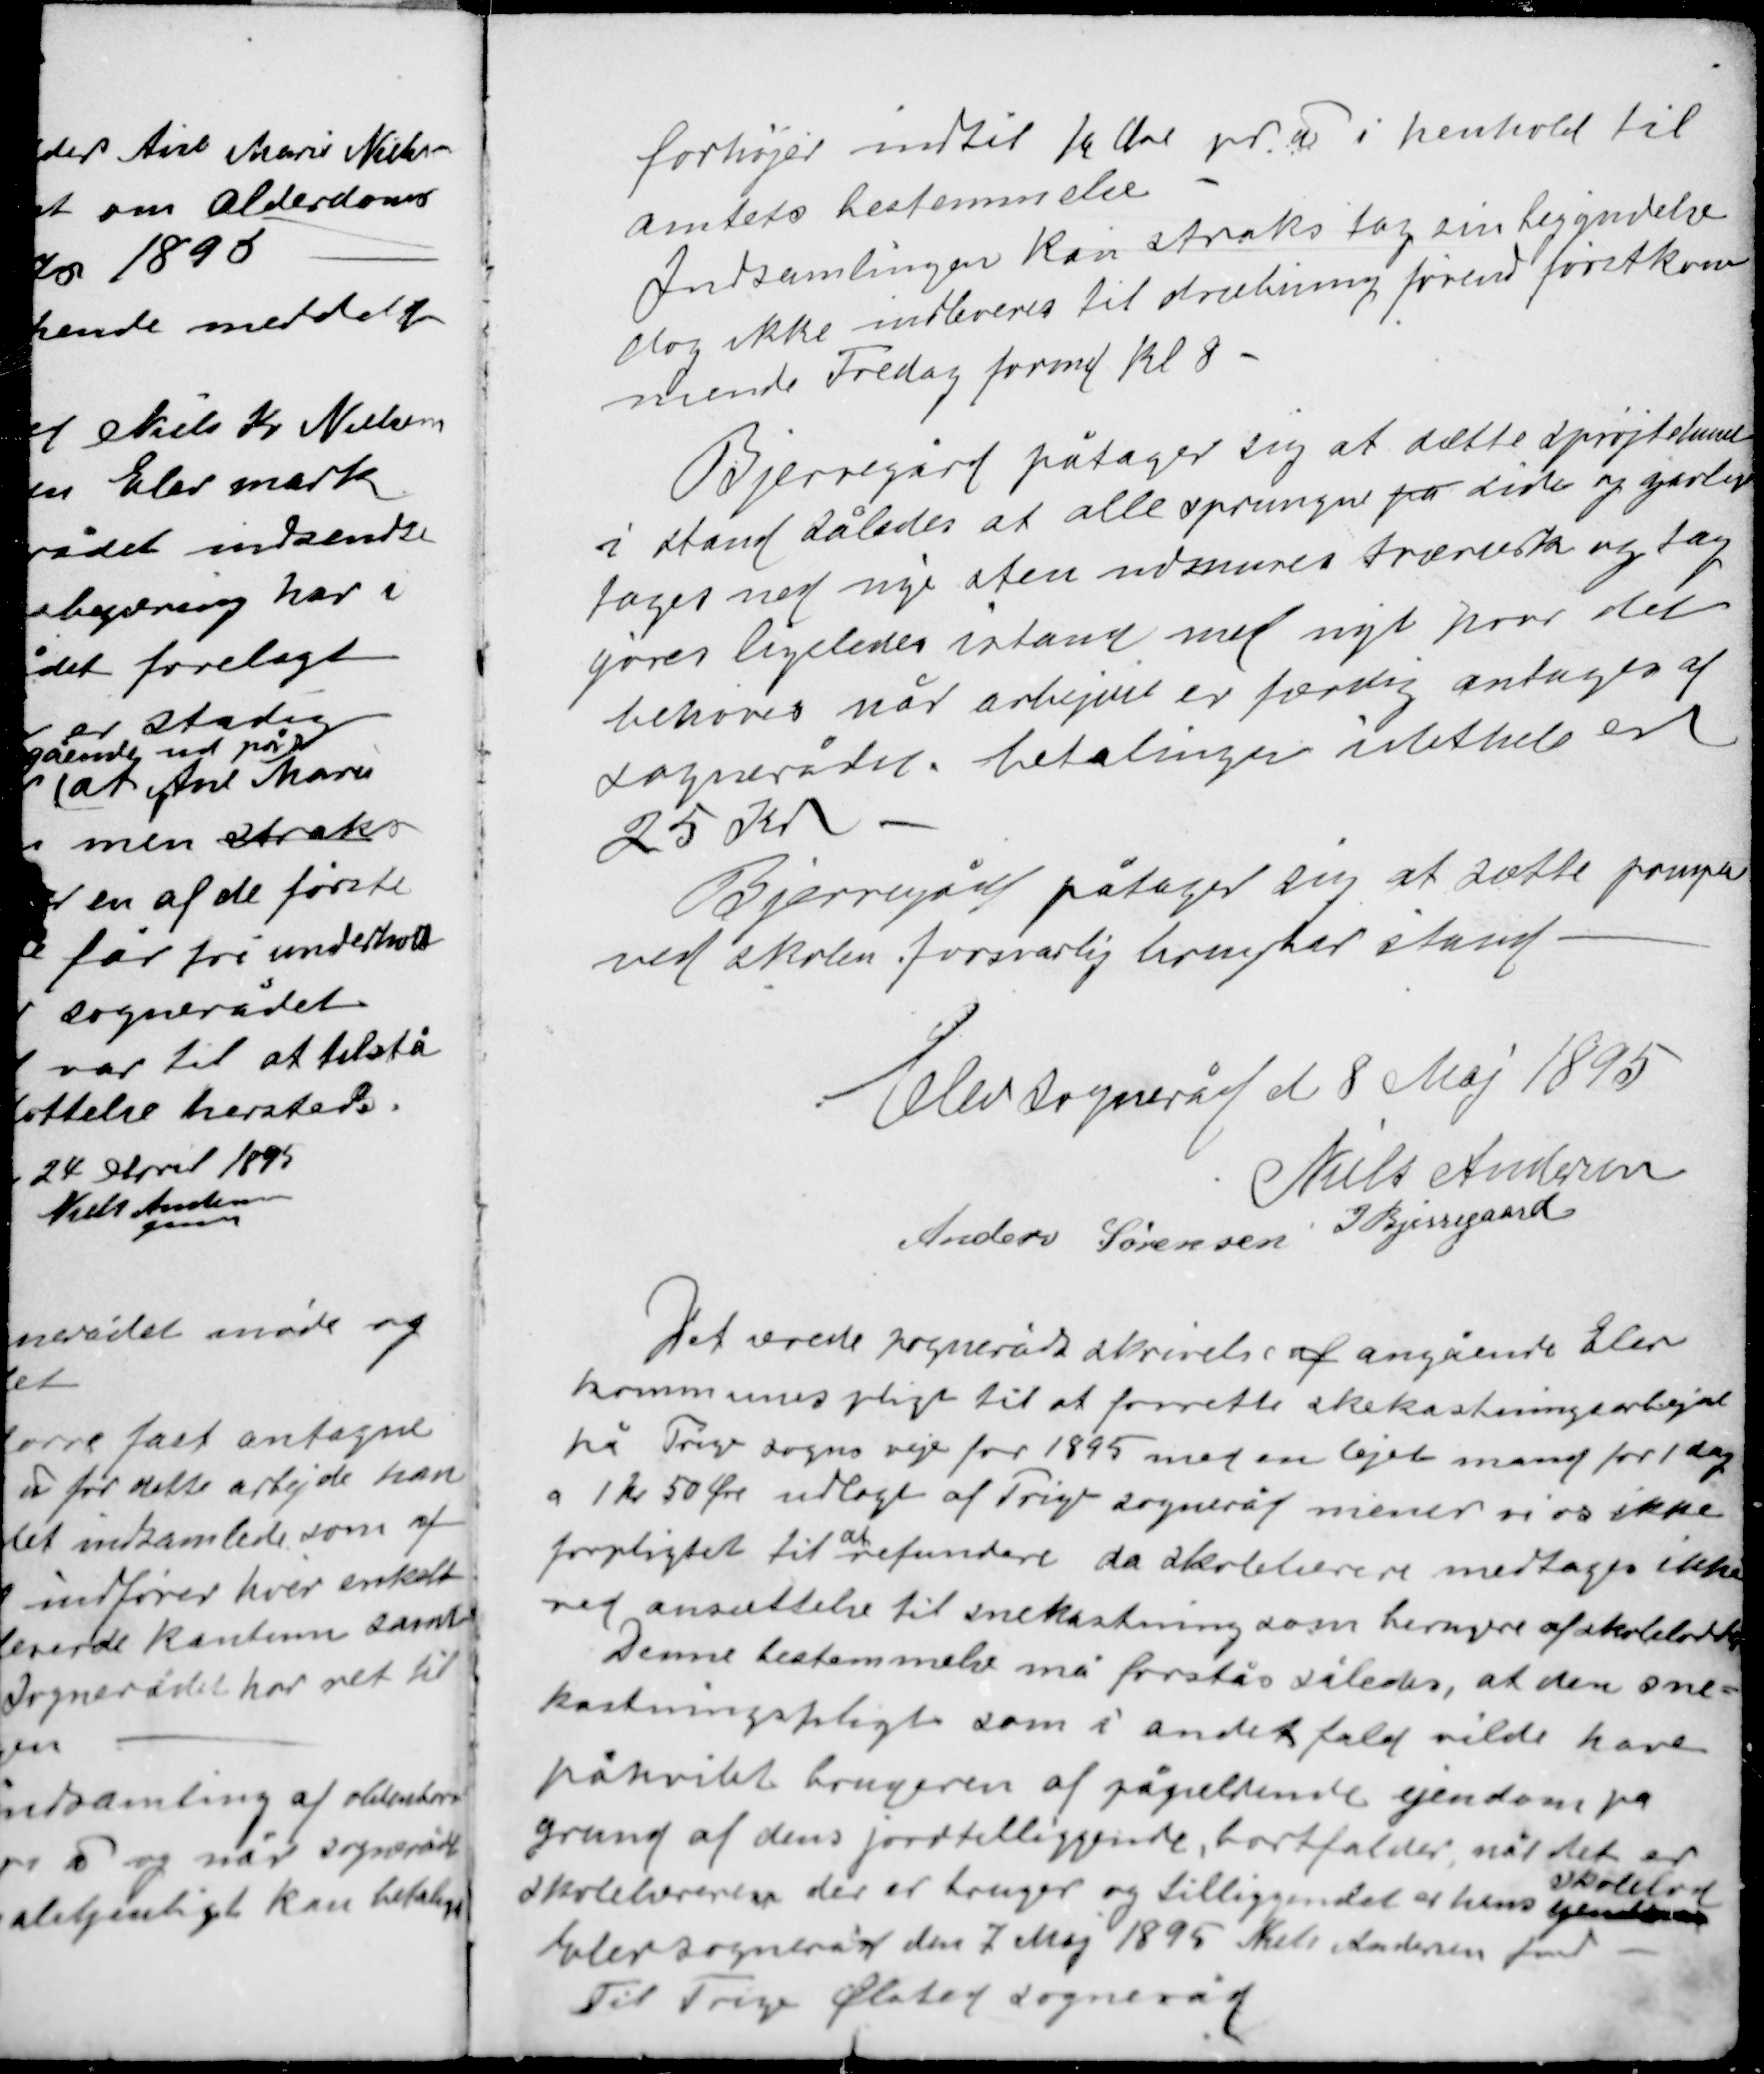
Transskription:
forhøjes indtil 10 Øre pr ℔ i henhold til
amtets bestemmelse.
Indsamlingen kan straks tage sin begyndelse
dog ikke indleveres til dræbning førend førstkom-
mende Fredag formd kl. 8.

Bjerregård påtager sig at sætte sprøjtehuset
i stand således at alle sprungne på sider og yardleje
tages ned nye sten udmures trærusk og tag
gøres ligeledes istand med nyt når det
behøves når arbejdet er færdig antages af
sognerådet betalingen idethele er
25 Kr.
Bjerregård påtager sig at sætte pumpen
ved skolen forsvarlig brugbar stand

Elev sogneråd d 8 Maj 1895
Niels Andersen
Anders Sørensen I Bjerregaard

Det ærede sogneråds skrivelse af angående Elev
kommunes pligt til at forrette snekastningsarbejdet
på Trige sogns veje for 1895 med en lejet mand for 1 dag
a 1 kr 50 Øre udlagt af Trige sogneråd mener vi os ikke
at
forpligtet til refundere da skolelærere medtages ikke
ved ansættelse til snekastning som brugere af skoleloddet
Denne bestemmelse må forstås således, at den sne-
kastningspligt som i andet fald vilde have
påhvilet brugeren af pågældende ejendom på
grund af dens jordtilliggende, bortfalder når det er
skolelod
skolelærerne der er bruger og tilliggendet er hans ejendom
Elev sogneråd den 7 Maj 1895 Niels Andersen fmd
Til Trige Ølsted sogneråd